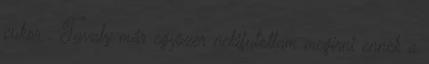
cukor . Tavaly már egyszer nekifutottam megírni ennek a